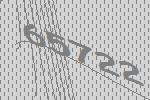
65722